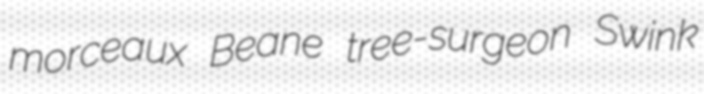
morceaux Beane tree-surgeon Swink